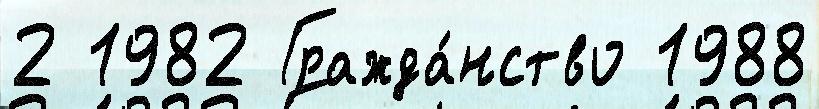
2 1982 Гражда́нство 1988